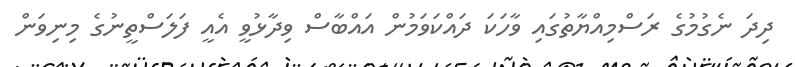
ދިދަ ނެގުމުގެ ރަސްމިއްޔާތުގައި ވާހަކަ ދައްކަވަމުން އައްބާސް ވިދާޅުވީ އެއީ ފަލަސްތީނުގެ މިނިވަން